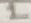
Text: 1